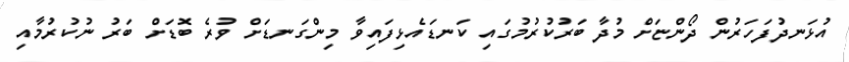
އުޅަނދުފަހަރުން ދޯންޏަށް މުދާ ބަރުކުރުމުގައި ކަނޑައެޅިފައިވާ މިންގަނޑަށް ވުރެ ބޮޑަށް ބަރު ނުކުރުމާއި